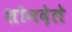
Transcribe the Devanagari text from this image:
शोनदेले